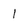
Character: 1